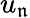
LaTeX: u_{\mathfrak{n}}